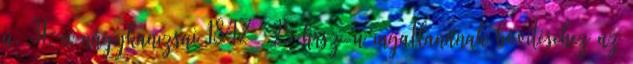
u. 31. a nagykanizsai 1847 25 hrsz-ú ingatlanának bővítéséhez az